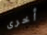
أخرى